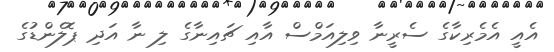
އެއީ އެމެރިކާގެ ސެރީނާ ވިލިއަމްސް އާއި ޗައިނާގެ ލި ނާ އަދި ޕޮލެންޑުގެ